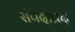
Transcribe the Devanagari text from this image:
संपदाप्रद